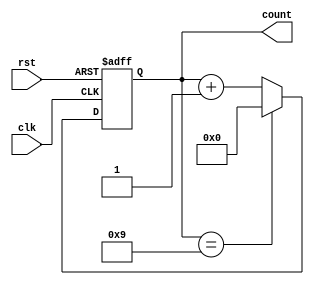
module bcd_async_counter (
    input wire clk,          // Clock input
    input wire rst,          // Asynchronous reset
    output reg [3:0] count   // 4-bit output for BCD count
);

// Asynchronous reset and counting logic
always @(posedge clk or posedge rst) begin
    if (rst) begin
        count <= 4'b0000; // Reset the counter to 0
    end else begin
        if (count == 4'b1001) begin
            count <= 4'b0000; // Reset to 0 when count reaches 10
        end else begin
            count <= count + 1; // Increment the counter
        end
    end
end

endmodule